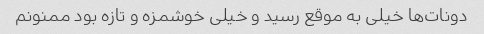
دونات‌ها خیلی به موقع رسید و خیلی خوشمزه و تازه بود ممنونم